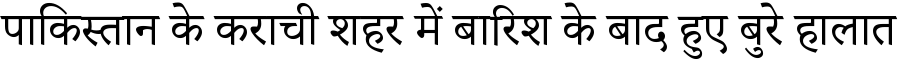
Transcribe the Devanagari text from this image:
पाकिस्तान के कराची शहर में बारिश के बाद हुए बुरे हालात